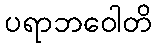
ပရာဘဝေါတိ